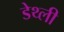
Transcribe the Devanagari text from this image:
डेथ्ली